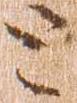
と